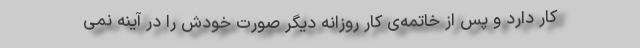
کار دارد و پس از خاتمه‌ی کار روزانه دیگر صورت خودش را در آینه نمی